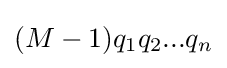
(M-1)q_{1}q_{2}...q_{n}